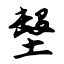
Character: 墼